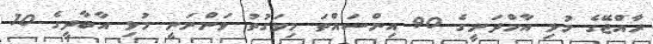
ރާއްޖޭގެ މުޅި އާމްދަނީގެ 90 އިންސައްތަ މިވަގުތު ވަންނަނީ މުޅި އާބާދީގެ 10